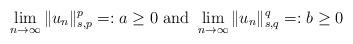
LaTeX: \begin{align*}\displaystyle\lim_{n\rightarrow \infty}\Vert u_n \Vert_{s,p}^p =:a \geq 0 \ \mbox{and} \ \displaystyle\lim_{n\rightarrow \infty}\Vert u_n \Vert_{s,q}^q =:b\geq 0\end{align*}